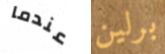
عندما برلين